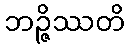
ဘဉ္ဇိဿတိ